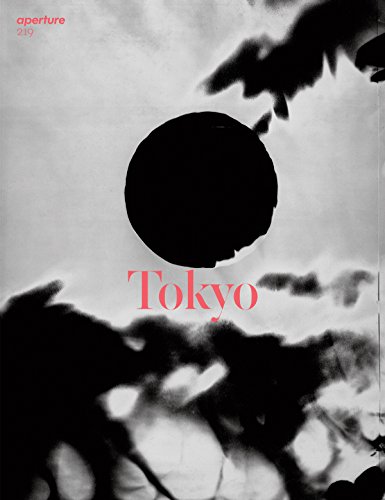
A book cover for Aperture 219: Summer 2015; Arts & Photography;